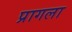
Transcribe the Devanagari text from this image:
प्रागला